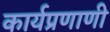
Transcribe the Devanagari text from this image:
कार्यप्रणाणी